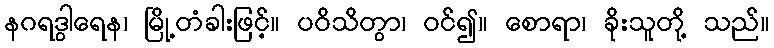
နဂရဒွါရေန၊ မြို့တံခါးဖြင့်။ ပဝိသိတွာ၊ ဝင်၍။ စောရာ၊ ခိုးသူတို့ သည်။